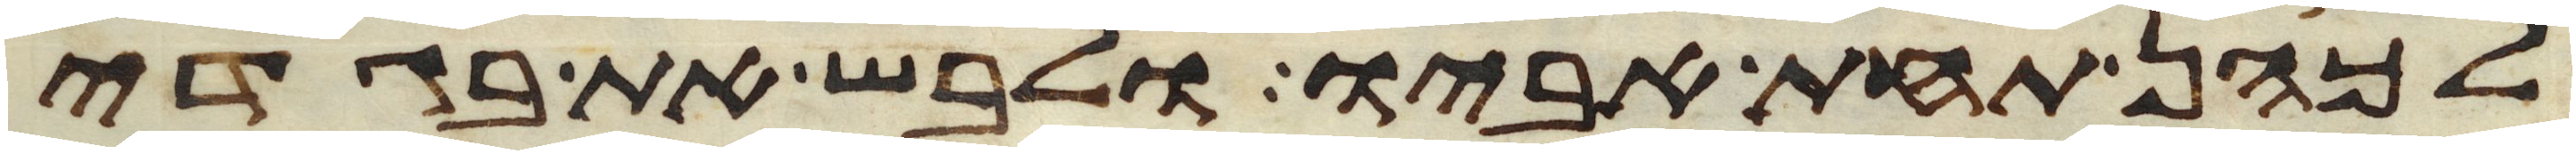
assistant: לכהן תחת אביו ולבש את בגדי